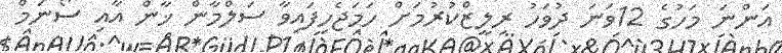
އަންނަ މަހުގެ 12ވަނަ ދުވަހު ރިލީޒްކުރުމަށް ހަމަޖެހިފައިވާ ސަލްމާން ޚާން އާއި ސޯނަމް